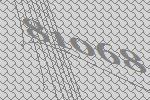
81068